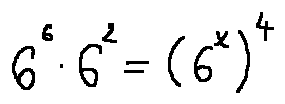
6 ^ { 6 } \cdot 6 ^ { 2 } = ( 6 ^ { x } ) ^ { 4 }